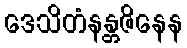
ဒေသိတံနန္တဇိနေန